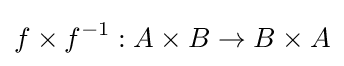
f\times f^{-1}:A\times B\rightarrow B\times A